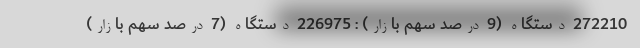
272210 دستگاه (9 درصد سهم بازار) : 226975 دستگاه (7 درصد سهم بازار)